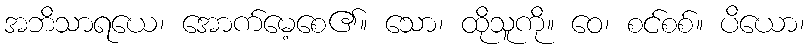
အဘိသာရယေ၊ အောက်မေ့စေ၏။ သော၊ ထိုသူကို။ ဝေ၊ စင်စစ်။ ပိယော၊